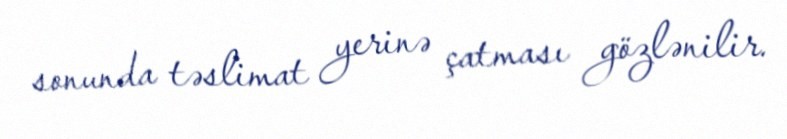
sonunda təslimat yerinə çatması gözlənilir.